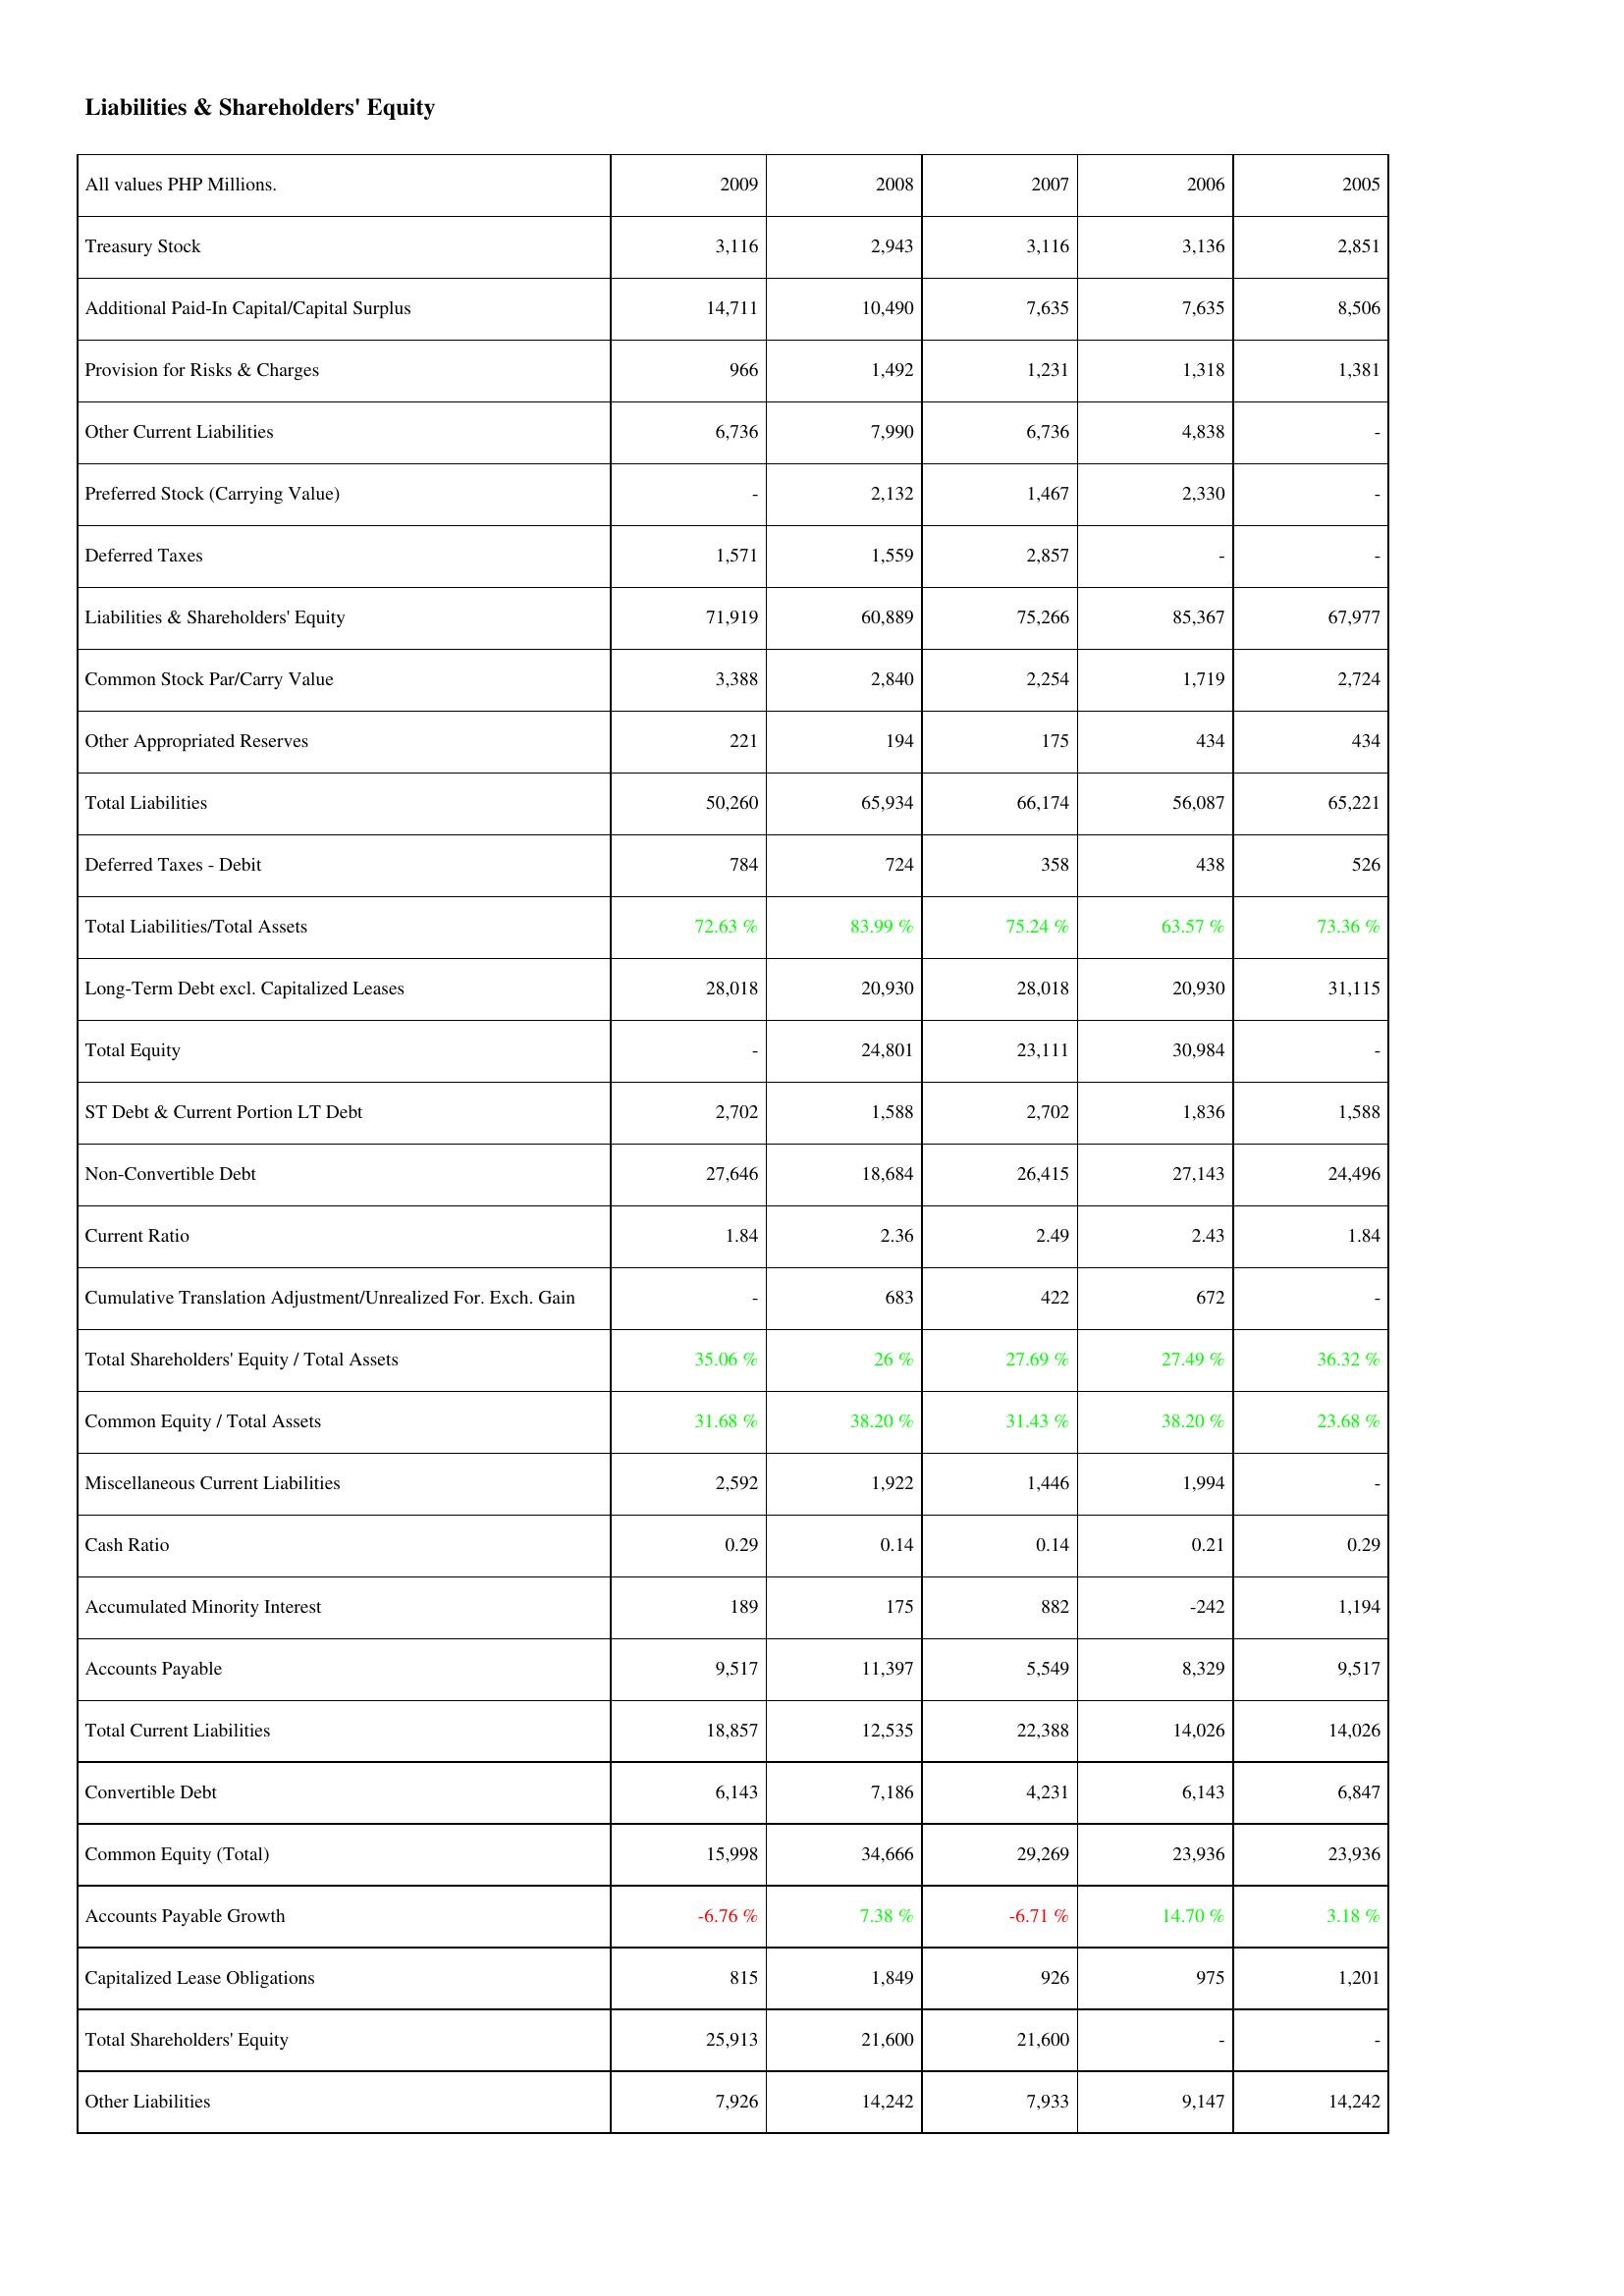
2009: Liabilities & Shareholders' Equity: Treasury Stock: 3,116
Additional Paid-In Capital/Capital Surplus: 14,711
Provision for Risks & Charges: 966
Other Current Liabilities: 6,736
Preferred Stock (Carrying Value): -
Deferred Taxes: 1,571
Liabilities & Shareholders' Equity: 71,919
Common Stock Par/Carry Value: 3,388
Other Appropriated Reserves: 221
Total Liabilities: 50,260
Deferred Taxes - Debit: 784
Total Liabilities/Total Assets: 72.63 %
Long-Term Debt excl. Capitalized Leases: 28,018
Total Equity: -
ST Debt & Current Portion LT Debt: 2,702
Non-Convertible Debt: 27,646
Current Ratio: 1.84
Cumulative Translation Adjustment/Unrealized For. Exch. Gain: -
Total Shareholders' Equity / Total Assets: 35.06 %
Common Equity / Total Assets: 31.68 %
Miscellaneous Current Liabilities: 2,592
Cash Ratio: 0.29
Accumulated Minority Interest: 189
Accounts Payable: 9,517
Total Current Liabilities: 18,857
Convertible Debt: 6,143
Common Equity (Total): 15,998
Accounts Payable Growth: -6.76 %
Capitalized Lease Obligations: 815
Total Shareholders' Equity: 25,913
Other Liabilities: 7,926
2008: Liabilities & Shareholders' Equity: Treasury Stock: 2,943
Additional Paid-In Capital/Capital Surplus: 10,490
Provision for Risks & Charges: 1,492
Other Current Liabilities: 7,990
Preferred Stock (Carrying Value): 2,132
Deferred Taxes: 1,559
Liabilities & Shareholders' Equity: 60,889
Common Stock Par/Carry Value: 2,840
Other Appropriated Reserves: 194
Total Liabilities: 65,934
Deferred Taxes - Debit: 724
Total Liabilities/Total Assets: 83.99 %
Long-Term Debt excl. Capitalized Leases: 20,930
Total Equity: 24,801
ST Debt & Current Portion LT Debt: 1,588
Non-Convertible Debt: 18,684
Current Ratio: 2.36
Cumulative Translation Adjustment/Unrealized For. Exch. Gain: 683
Total Shareholders' Equity / Total Assets: 26 %
Common Equity / Total Assets: 38.20 %
Miscellaneous Current Liabilities: 1,922
Cash Ratio: 0.14
Accumulated Minority Interest: 175
Accounts Payable: 11,397
Total Current Liabilities: 12,535
Convertible Debt: 7,186
Common Equity (Total): 34,666
Accounts Payable Growth: 7.38 %
Capitalized Lease Obligations: 1,849
Total Shareholders' Equity: 21,600
Other Liabilities: 14,242
2007: Liabilities & Shareholders' Equity: Treasury Stock: 3,116
Additional Paid-In Capital/Capital Surplus: 7,635
Provision for Risks & Charges: 1,231
Other Current Liabilities: 6,736
Preferred Stock (Carrying Value): 1,467
Deferred Taxes: 2,857
Liabilities & Shareholders' Equity: 75,266
Common Stock Par/Carry Value: 2,254
Other Appropriated Reserves: 175
Total Liabilities: 66,174
Deferred Taxes - Debit: 358
Total Liabilities/Total Assets: 75.24 %
Long-Term Debt excl. Capitalized Leases: 28,018
Total Equity: 23,111
ST Debt & Current Portion LT Debt: 2,702
Non-Convertible Debt: 26,415
Current Ratio: 2.49
Cumulative Translation Adjustment/Unrealized For. Exch. Gain: 422
Total Shareholders' Equity / Total Assets: 27.69 %
Common Equity / Total Assets: 31.43 %
Miscellaneous Current Liabilities: 1,446
Cash Ratio: 0.14
Accumulated Minority Interest: 882
Accounts Payable: 5,549
Total Current Liabilities: 22,388
Convertible Debt: 4,231
Common Equity (Total): 29,269
Accounts Payable Growth: -6.71 %
Capitalized Lease Obligations: 926
Total Shareholders' Equity: 21,600
Other Liabilities: 7,933
2006: Liabilities & Shareholders' Equity: Treasury Stock: 3,136
Additional Paid-In Capital/Capital Surplus: 7,635
Provision for Risks & Charges: 1,318
Other Current Liabilities: 4,838
Preferred Stock (Carrying Value): 2,330
Deferred Taxes: -
Liabilities & Shareholders' Equity: 85,367
Common Stock Par/Carry Value: 1,719
Other Appropriated Reserves: 434
Total Liabilities: 56,087
Deferred Taxes - Debit: 438
Total Liabilities/Total Assets: 63.57 %
Long-Term Debt excl. Capitalized Leases: 20,930
Total Equity: 30,984
ST Debt & Current Portion LT Debt: 1,836
Non-Convertible Debt: 27,143
Current Ratio: 2.43
Cumulative Translation Adjustment/Unrealized For. Exch. Gain: 672
Total Shareholders' Equity / Total Assets: 27.49 %
Common Equity / Total Assets: 38.20 %
Miscellaneous Current Liabilities: 1,994
Cash Ratio: 0.21
Accumulated Minority Interest: -242
Accounts Payable: 8,329
Total Current Liabilities: 14,026
Convertible Debt: 6,143
Common Equity (Total): 23,936
Accounts Payable Growth: 14.70 %
Capitalized Lease Obligations: 975
Total Shareholders' Equity: -
Other Liabilities: 9,147
2005: Liabilities & Shareholders' Equity: Treasury Stock: 2,851
Additional Paid-In Capital/Capital Surplus: 8,506
Provision for Risks & Charges: 1,381
Other Current Liabilities: -
Preferred Stock (Carrying Value): -
Deferred Taxes: -
Liabilities & Shareholders' Equity: 67,977
Common Stock Par/Carry Value: 2,724
Other Appropriated Reserves: 434
Total Liabilities: 65,221
Deferred Taxes - Debit: 526
Total Liabilities/Total Assets: 73.36 %
Long-Term Debt excl. Capitalized Leases: 31,115
Total Equity: -
ST Debt & Current Portion LT Debt: 1,588
Non-Convertible Debt: 24,496
Current Ratio: 1.84
Cumulative Translation Adjustment/Unrealized For. Exch. Gain: -
Total Shareholders' Equity / Total Assets: 36.32 %
Common Equity / Total Assets: 23.68 %
Miscellaneous Current Liabilities: -
Cash Ratio: 0.29
Accumulated Minority Interest: 1,194
Accounts Payable: 9,517
Total Current Liabilities: 14,026
Convertible Debt: 6,847
Common Equity (Total): 23,936
Accounts Payable Growth: 3.18 %
Capitalized Lease Obligations: 1,201
Total Shareholders' Equity: -
Other Liabilities: 14,242